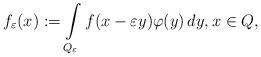
LaTeX: \begin{align*}f_\varepsilon(x):= \int\limits_{Q_\varepsilon} f(x-\varepsilon y)\varphi(y)\,dy, x\in Q,\end{align*}